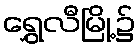
ရွှေလီမြို့၌